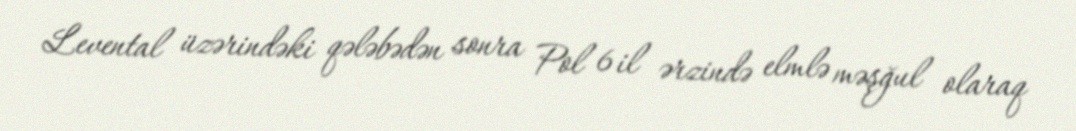
Levental üzərindəki qələbədən sonra Pol 6 il ərzində elmlə məşğul olaraq